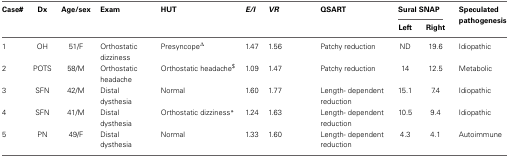
<table><thead><tr><td><b>Case#</b></td><td><b>Dx</b></td><td><b>Age/sex</b></td><td><b>Exam</b></td><td><b>HUT</b></td><td><b><i>E/I</i></b></td><td><b><i>VR</i></b></td><td><b>QSART</b></td><td colspan="2"><b>Sural SNAP</b></td><td><b>Speculated pathogenesis</b></td></tr><tr><td></td><td></td><td></td><td></td><td></td><td></td><td></td><td></td><td><b>Left</b></td><td><b>Right</b></td><td></td></tr></thead><tbody><tr><td>1</td><td>OH</td><td>51/F</td><td>Orthostatic dizziness</td><td>Presyncope<sup>Δ</sup></td><td>1.47</td><td>1.56</td><td>Patchy reduction</td><td>ND</td><td>19.6</td><td>Idiopathic</td></tr><tr><td>2</td><td>POTS</td><td>58/M</td><td>Orthostatic headache</td><td>Orthostatic headache<sup>$</sup></td><td>1.09</td><td>1.47</td><td>Patchy reduction</td><td>14</td><td>12.5</td><td>Metabolic</td></tr><tr><td>3</td><td>SFN</td><td>42/M</td><td>Distal dysthesia</td><td>Normal</td><td>1.60</td><td>1.77</td><td>Length- dependent reduction</td><td>15.1</td><td>7.4</td><td>Idiopathic</td></tr><tr><td>4</td><td>SFN</td><td>41/M</td><td>Distal dysthesia</td><td>Orthostatic dizziness<sup>*</sup></td><td>1.24</td><td>1.63</td><td>Length- dependent reduction</td><td>10.5</td><td>9.4</td><td>Idiopathic</td></tr><tr><td>5</td><td>PN</td><td>49/F</td><td>Distal dysthesia</td><td>Normal</td><td>1.33</td><td>1.60</td><td>Length- dependent reduction</td><td>4.3</td><td>4.1</td><td>Autoimmune</td></tr></tbody></table>